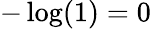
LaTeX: -\log(1)=0